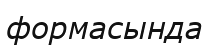
формасында